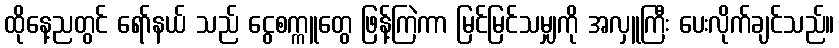
ထိုနေ့ညတွင် ရော်နယ် သည် ငွေစက္ကူတွေ ဖြန့်ကြဲကာ မြင်မြင်သမျှကို အလှူကြီး ပေးလိုက်ချင်သည်။